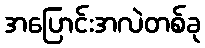
အပြောင်းအလဲတစ်ခု